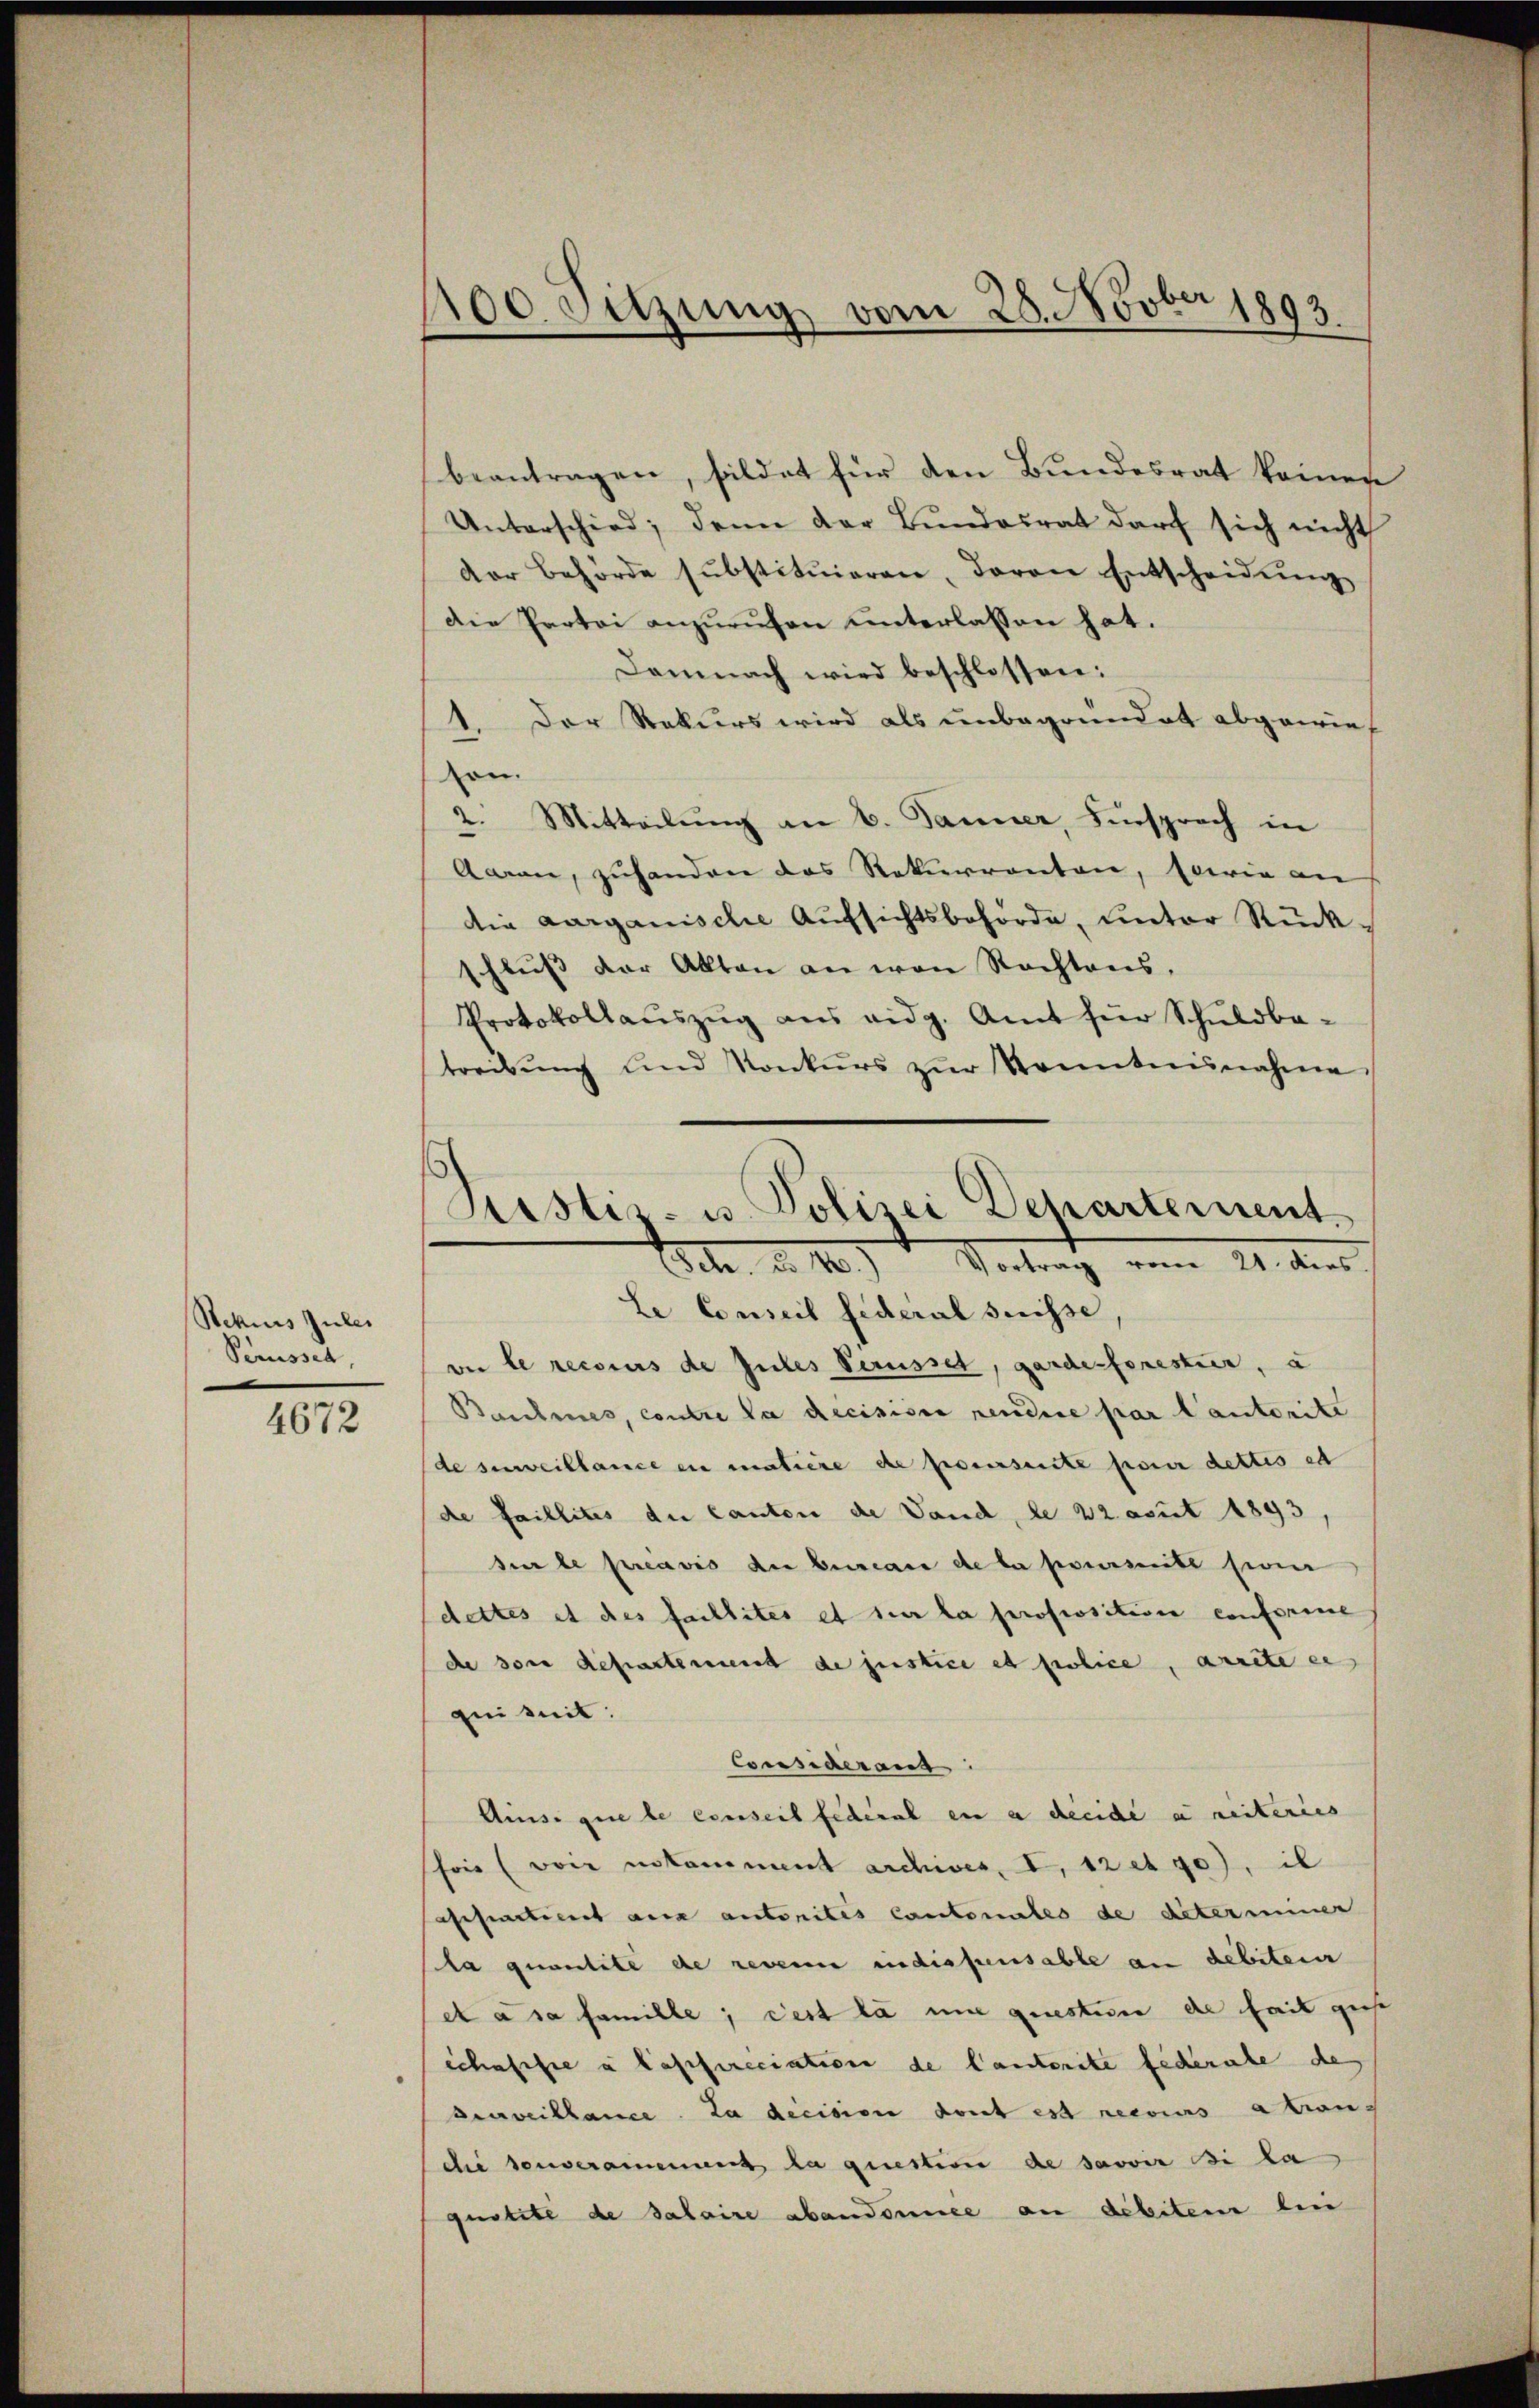
Rezius Zulei
Penissen,

4672

beantragen, bildet für den Bundesrat keinen
Unterschied; dann der Bŭndesrat darf sich nicht
der Behörde substitŭieren, davon Entscheidŭng
Die Partei anzurufen unterlassen hat.
Demnach wird beschlossen:
1. Der Rekurs wird als unbegründet abgewies
on.
2. Mitteilung an 6. Janner, Fürsprach in
Aaren, zuhanden das Rekurrenten, sowie an
die aarganische Aufsichtsbehörde, unter Rück-
schlŭβ der Akten an von Rechtens,
Protokollaŭszŭg ans eidg. Amt für Schuldba-
treibŭng und Konkŭrs zŭr Kenntnisnahme

100 Setzung vom 28. Novber 1893

Justiz- u. Polizei Departement
Ich. d. 1.) Vortrag vom 21. dies

Le Conseil federal suisse
vir le recours de Gutes Verusset, garde forestier, a
Baschmes, contre da decisione rendere par Cantorite
de surveillance ein matière die Eisensuite pour dettis et
de faillites die Canton de Vand, de 32 aput 1893,
sur le préavis der bureau de la poursuite sie
dettes et des faillites et der la proposition conferine
de sore departement de justice et police, arrete ei
ain mit:
Consideraus:
Ainsi que le conseil fédéral en a decede aneiteries
for (voir stamment archives, I, 12 et 90), il
aspartiert aux autorités Cantonales de determiner
la quantité de revenen indissensable an debiterer
et à sa famille; cest la une questerie de fait ziehe
schafisie a lasseresiation de lauterite federate de
Beweiblance. La decision dont est recours alion-
die denberamenung la question de savoir di la
qustite de salaire abandomice an debitem bei